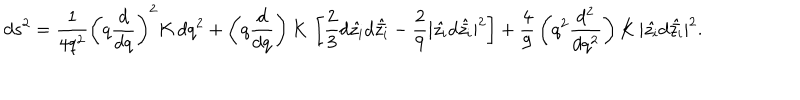
LaTeX: d s ^ { 2 } = { \frac { 1 } { 4 q ^ { 2 } } } \left( q { \frac { d } { d q } } \right) ^ { 2 } K \, d q ^ { 2 } + \left( q { \frac { d } { d q } } \right) K \, \left[ { \frac { 2 } { 3 } } d \hat { z _ { i } } d \hat { \bar { z _ { i } } } - { \frac { 2 } { 9 } } | \hat { z _ { i } } d \hat { \bar { z _ { i } } } | ^ { 2 } \right] + { \frac { 4 } { 9 } } \left( q ^ { 2 } { \frac { d ^ { 2 } } { d q ^ { 2 } } } \right) K \, | \hat { z _ { i } } d \hat { \bar { z _ { i } } } | ^ { 2 } .